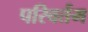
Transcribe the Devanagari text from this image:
परिवर्तम